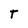
Character: T